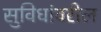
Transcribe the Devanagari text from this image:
सुविधांवरील